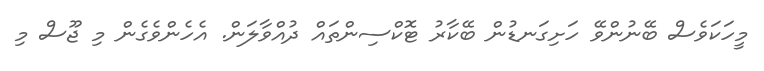
މީހަކަވެސް ބޭނުންވޭ ހަށިގަނޑުން ބޭކާރު ޓޮކްސިންތައް ދުއްވާލަން. އެހެންވެގެން މި ޖޫސް މި